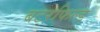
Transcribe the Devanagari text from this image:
बटरफिल्ड